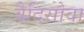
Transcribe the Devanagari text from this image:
वैदिसोवा